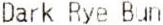
DARK RYE BUN